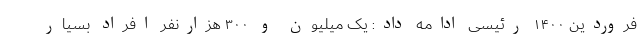
فروردین ۱۴۰۰ رئیسی ادامه داد: یک میلیون و ۳۰۰ هزارنفر افراد بسیار